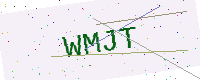
Text: WMJT